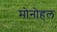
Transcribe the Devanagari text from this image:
मोनोहल